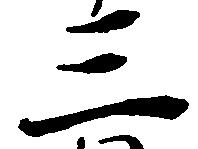
三